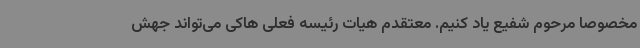
مخصوصا مرحوم شفیع یاد کنیم. معتقدم هیات رئیسه فعلی هاکی می‌تواند جهش